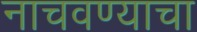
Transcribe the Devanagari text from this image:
नाचवण्याचा